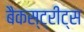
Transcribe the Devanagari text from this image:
बैकस्ट्रीट्स